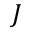
\boldsymbol { J }